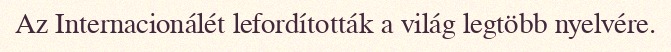
Az Internacionálét lefordították a világ legtöbb nyelvére.